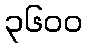
၃၆၀၀